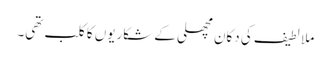
ملا لطیف کی دکان مچھلی کے شکاریوں کا کلب تھی۔